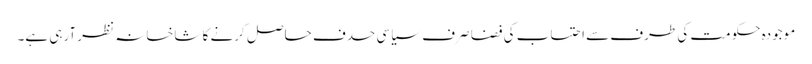
موجودہ حکومت کی طرف سے احتساب کی فضا صرف سیاسی حدف حاصل کرنے کا شاخسانہ نظر آرہی ہے۔